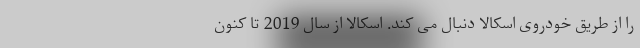
را از طریق خودروی اسکالا دنبال می کند. اسکالا از سال 2019 تا کنون